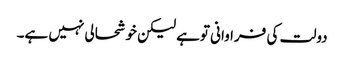
دولت کی فراوانی توہے لیکن خوشحالی نہیں ہے۔